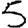
Digit: 5